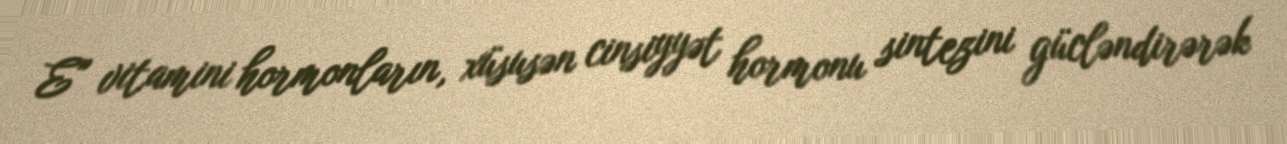
E" vitamini hormonların, xüsusən cinsiyyət hormonu sintezini gücləndirərək